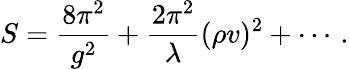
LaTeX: S=\frac{8\pi^{2}}{g^{2}}+\frac{2\pi^{2}}{\lambda}(\rho v)^{2}+\cdots\, .